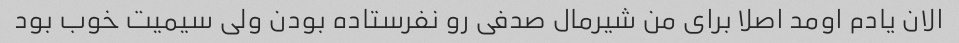
الان یادم اومد اصلا برای من شیرمال صدفی رو نفرستاده بودن ولی سیمیت خوب بود